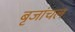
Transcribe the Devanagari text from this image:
बृजांचल